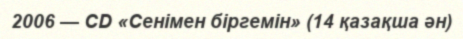
2006 — CD «Cенімен біргемін» (14 қазақша ән)